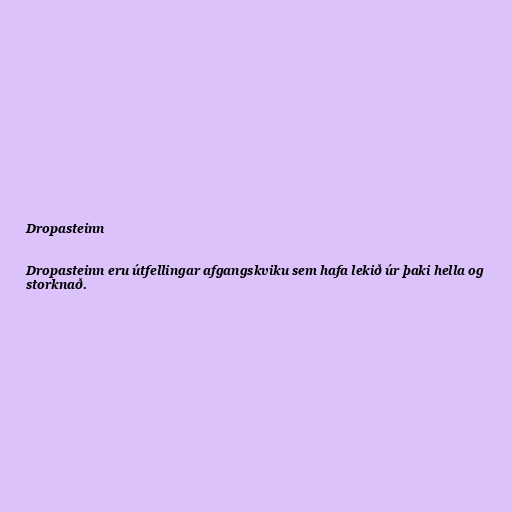
Dropasteinn

Dropasteinn eru útfellingar afgangskviku sem hafa lekið úr þaki hella og
storknað.